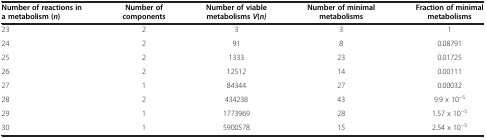
| Number of reactions in a metabolism ( n ) | Number of components | Number of viable metabolisms V(n) | Number of minimal metabolisms | Fraction of minimal metabolisms |
 | --- | --- | --- | --- | --- |
 | 23 | 2 | 3 | 3 | 1 |
 | 24 | 2 | 91 | 8 | 0.08791 |
 | 25 | 2 | 1333 | 23 | 0.01725 |
 | 26 | 2 | 12512 | 14 | 0.00111 |
 | 27 | 1 | 84344 | 27 | 0.00032 |
 | 28 | 2 | 434238 | 43 | 9.9 x 10-5 |
 | 29 | 1 | 1773969 | 28 | 1.57 x 10-5 |
 | 30 | 1 | 5900578 | 15 | 2.54 x 10-5 |